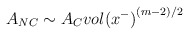
\begin{align*}A_{NC}\sim A_C {vol(x^-)}^{(m-2)/2}\end{align*}